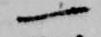
一